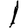
Digit: 1